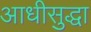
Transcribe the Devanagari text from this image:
आधीसुद्धा